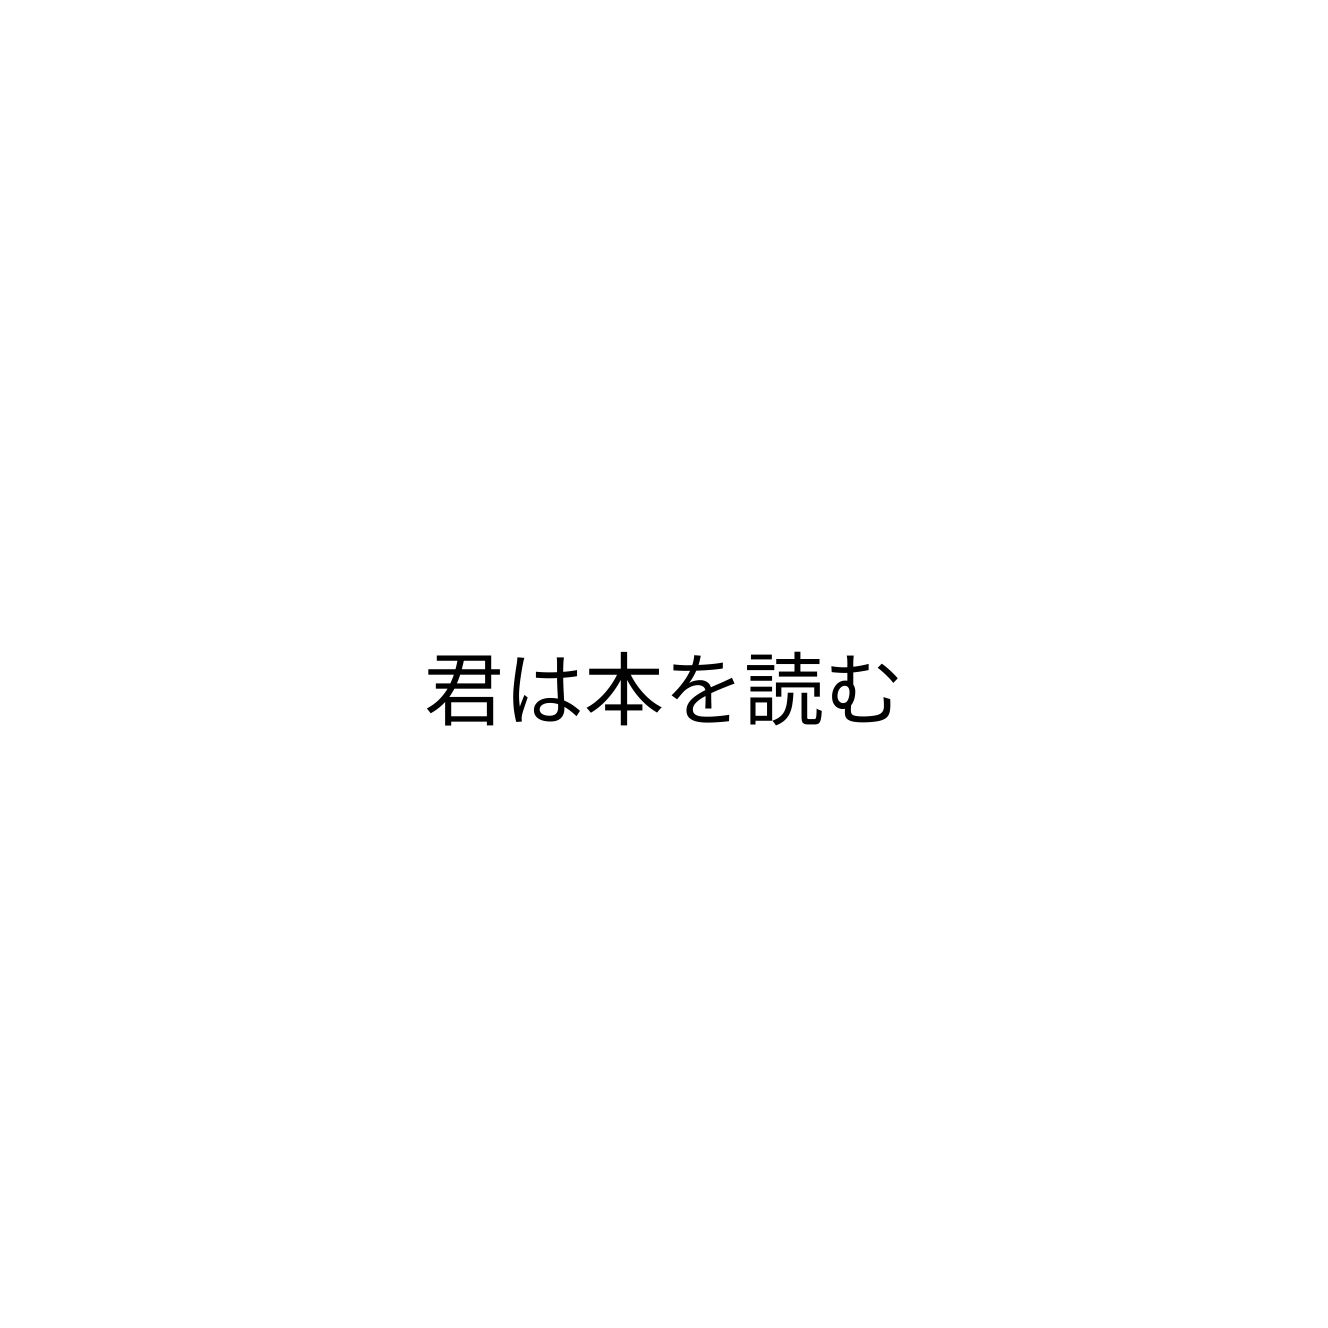
君は本を読む